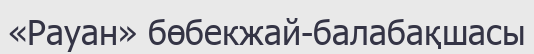
«Рауан» бөбекжай-балабақшасы